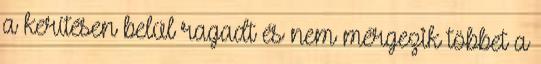
a kerítésen belül ragadt és nem mérgezik többet a